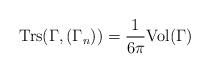
LaTeX: \begin{align*}\mathrm{Trs}(\Gamma,(\Gamma_{n}))=\frac{1}{6\pi}\mathrm{Vol}(\Gamma)\end{align*}